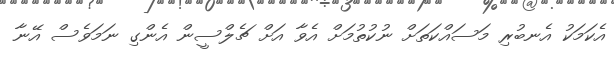
އެކަމަކު އެނބުރި މަސައްކަތަށް ނުކުތުމަށް އެވާ އަށް ޗެލްސީން އެންގި ނަމަވެސް އޭނާ